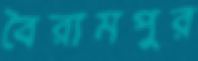
বৈরামপুর